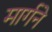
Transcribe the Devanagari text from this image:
मार्गने